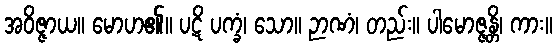
အဝိဇ္ဇာယ။ မောဟ၏။ ပဋိ ပက္ခံ၊ သော။ ဉာဏံ၊ တည်း။ ပါမောဇ္ဇန္တိ၊ ကား။